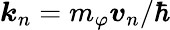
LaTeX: \boldsymbol{k}_{n}=m_{\varphi}\boldsymbol{v}_{n}/\hbar